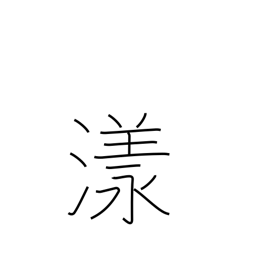
Meaning: drift